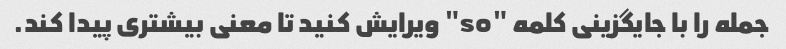
جمله را با جایگزینی کلمه "so" ویرایش کنید تا معنی بیشتری پیدا کند.